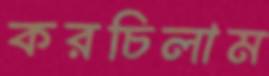
করচিলাম